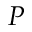
\boldsymbol { P }